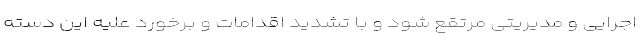
اجرایی و مدیریتی مرتقع شود و با تشدید اقدامات و برخورد علیه این دسته